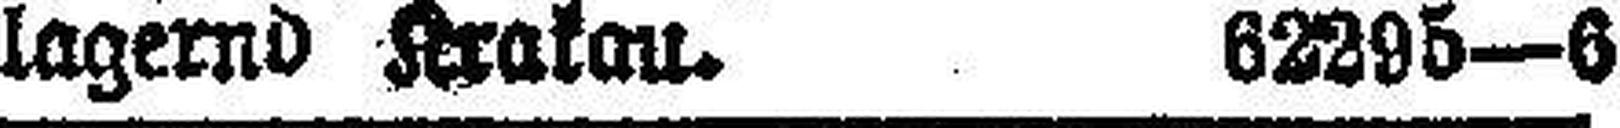
lagernd Krakau. 62295—6